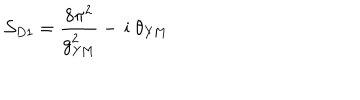
{ \cal S } _ { D 1 } = \frac { 8 \pi ^ { 2 } } { g _ { \mathrm { Y M } } ^ { 2 } } - \, \mathrm { i } \; \theta _ { \mathrm { Y M } }